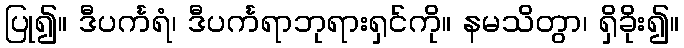
ပြု၍။ ဒီပင်္ကရံ၊ ဒီပင်္ကရာဘုရားရှင်ကို။ နမသိတွာ၊ ရှိခိုး၍။